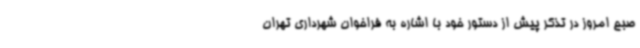
صبح امروز در تذکر پیش از دستور خود با اشاره به فراخوان شهرداری تهران